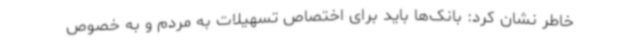
خاطر نشان کرد: بانک‌ها باید برای اختصاص تسهیلات به مردم و به خصوص